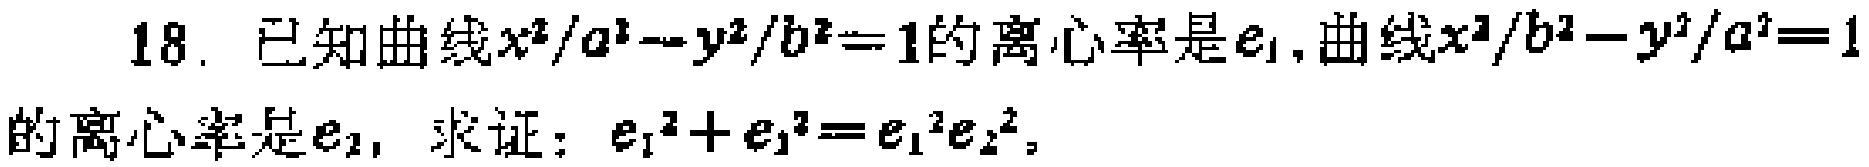
18. 已知曲线$\frac{x^{2}}{a^{2}}-\frac{y^{2}}{b^{2}} = 1$的离心率是$e_{1}$,曲线$\frac{x^{2}}{b^{2}}-\frac{y^{2}}{a^{2}} = 1$的离心率是$e_{2}$, 求证：$e_{1}^{2}+e_{2}^{2}=e_{1}^{2}e_{2}^{2}$。